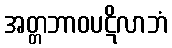
အတ္တဘာဝပဋိလာဘံ